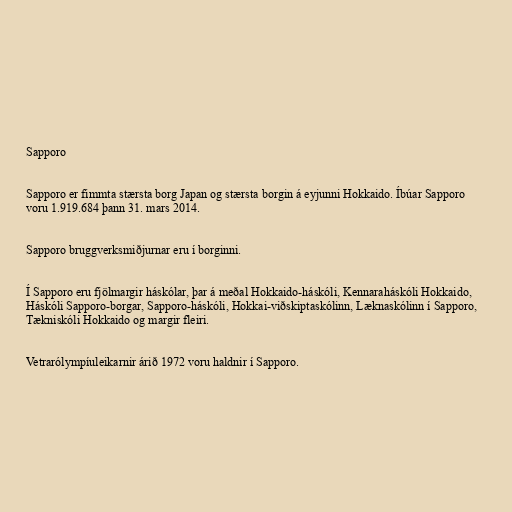
Sapporo

Sapporo er fimmta stærsta borg Japan og stærsta borgin á eyjunni Hokkaido. Íbúar Sapporo
voru 1.919.684 þann 31. mars 2014.

Sapporo bruggverksmiðjurnar eru í borginni.

Í Sapporo eru fjölmargir háskólar, þar á meðal Hokkaido-háskóli, Kennaraháskóli Hokkaido,
Háskóli Sapporo-borgar, Sapporo-háskóli, Hokkai-viðskiptaskólinn, Læknaskólinn í Sapporo,
Tækniskóli Hokkaido og margir fleiri.

Vetrarólympíuleikarnir árið 1972 voru haldnir í Sapporo.